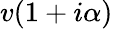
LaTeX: v(1+i\alpha)